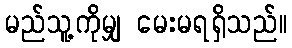
မည်သူ့ကိုမျှ မေးမရရှိသည်။